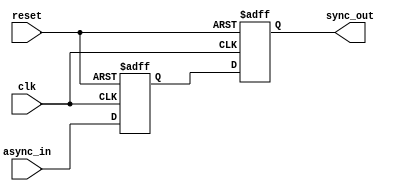
module dual_ff_synchronizer (
    input wire async_in,          // Asynchronous input signal
    input wire clk,              // Clock signal
    input wire reset,            // Reset signal
    output reg sync_out          // Synchronized output signal
);
    
    // Internal signal for the first flip-flop output
    reg intermediate_sync;

    // First flip-flop (FF1)
    always @(posedge clk or posedge reset) begin
        if (reset) begin
            intermediate_sync <= 1'b0; // Reset FF1
        end else begin
            intermediate_sync <= async_in; // Capture async_in on rising edge
        end
    end

    // Second flip-flop (FF2)
    always @(posedge clk or posedge reset) begin
        if (reset) begin
            sync_out <= 1'b0; // Reset FF2
        end else begin
            sync_out <= intermediate_sync; // Capture intermediate_sync on rising edge
        end
    end

endmodule